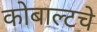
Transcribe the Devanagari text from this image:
कोबाल्टचे